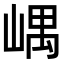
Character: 嵎